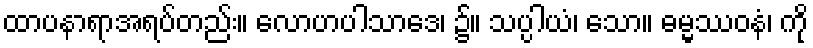
ထာပနာရာအရပ်တည်း။ လောဟပါသာဒေ၊ ၌။ သပ္ပါယံ၊ သော။ ဓမ္မဿဝနံ၊ ကို